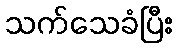
သက်သေခံပြီး